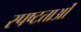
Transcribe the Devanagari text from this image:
स्पष्टताओं